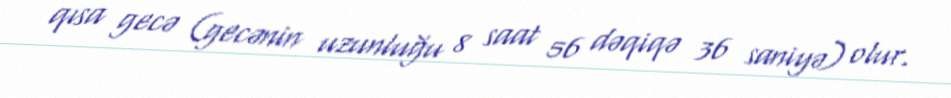
qısa gecə (gecənin uzunluğu 8 saat 56 dəqiqə 36 saniyə) olur.